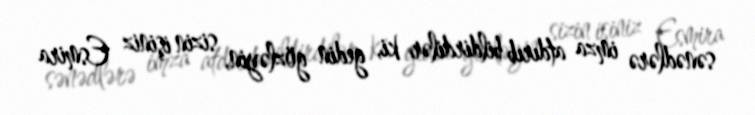
sənədlərə imza atdırıb bildirdilər ki, gedin gözləyin, sizin işiniz Esmira